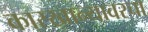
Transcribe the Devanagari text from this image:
कारखान्यावरचा